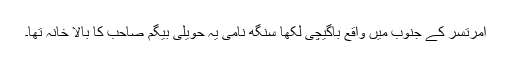
امرتسر کے جنوب میں واقع باگیچی لکھا سنگھ نامی یہ حویلی بیگم صاحب کا بالا خانہ تھا۔